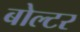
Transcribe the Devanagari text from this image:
बोल्टर